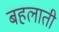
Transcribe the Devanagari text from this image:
बहलाती